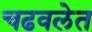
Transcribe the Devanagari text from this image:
चढवलेत